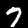
Digit: 7